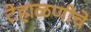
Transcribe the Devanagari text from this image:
टेहाळणीचे